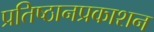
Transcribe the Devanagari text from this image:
प्रतिष्ठानप्रकाशन